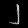
Digit: ၂